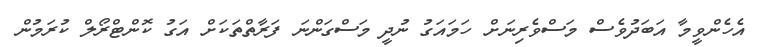
އެހެންވީމާ އަބަދުވެސް މަސްވެރިނަށް ހަމައަގު ނުދީ މަސްގަންނަ ފަރާތްތަކަށް އަގު ކޮންޓްރޯލް ކުރަމުން